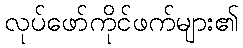
လုပ်ဖော်ကိုင်ဖက်များ၏